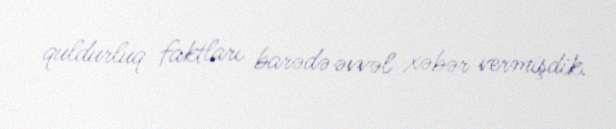
quldurluq faktları barədə əvvəl xəbər vermişdik.